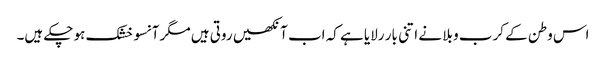
اس وطن کے کرب و بلا نے اتنی بار رلایا ہے کہ اب آنکھیں روتی ہیں مگر آنسو خشک ہو چکے ہیں۔